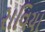
રાવિયા